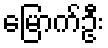
မြောက်ဦး